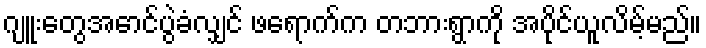
ဂျူးတွေအောင်ပွဲခံလျှင် ဖရောက်က တဘားရွာကို အပိုင်ယူလိမ့်မည်။